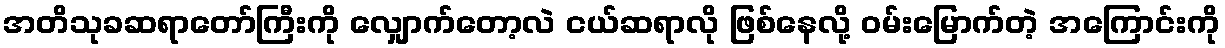
အတိသုခဆရာတော်ကြီးကို လျှောက်တော့လဲ ငယ်ဆရာလို ဖြစ်နေလို့ ဝမ်းမြောက်တဲ့ အကြောင်းကို